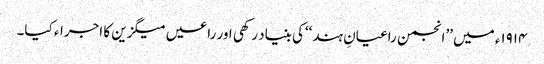
۱۹۱۴ء میں ’’انجمن راعیانِ ہند‘‘کی بنیاد رکھی اور راعیں میگزین کا اجراء کیا۔